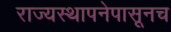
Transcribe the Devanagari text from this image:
राज्यस्थापनेपासूनच